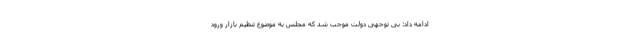
ادامه داد: بی توجهی دولت موجب شد که مجلس به موضوع تنظیم بازار ورود